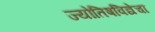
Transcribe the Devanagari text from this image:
ज्योतिषविद्येचा